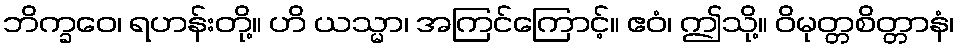
ဘိက္ခဝေ၊ ရဟန်းတို့။ ဟိ ယသ္မာ၊ အကြင်ကြောင့်။ ဧဝံ၊ ဤသို့။ ဝိမုတ္တစိတ္တာနံ၊